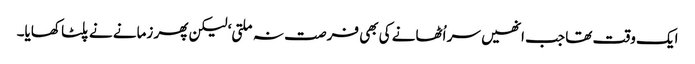
ایک وقت تھا جب انھیں سر اُٹھانے کی بھی فرصت نہ ملتی‘ لیکن پھر زمانے نے پلٹا کھایا۔